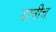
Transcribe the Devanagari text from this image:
यानीच